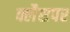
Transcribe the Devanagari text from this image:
क्लैसपर